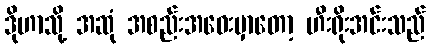
ဒိုဟာသို့ အဆုံ အစည်းအဝေးမှာတော့ ဟီးရိုးအင်းသည်